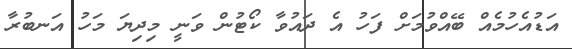
އަަޑުއެހުމެއް ބޭއްވުމަށް ފަހު އެ ދައުވާ ކޯޓުން ވަނީ މިދިޔަ މަހު އަނބުރާ